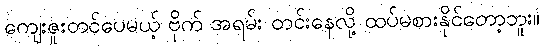
ကျေးဇူးတင်ပေမယ့် ဗိုက် အရမ်း တင်းနေလို့ ထပ်မစားနိုင်တော့ဘူး။